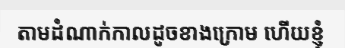
តាមដំណាក់កាលដូចខាងក្រោម ហើយខ្ញុំ